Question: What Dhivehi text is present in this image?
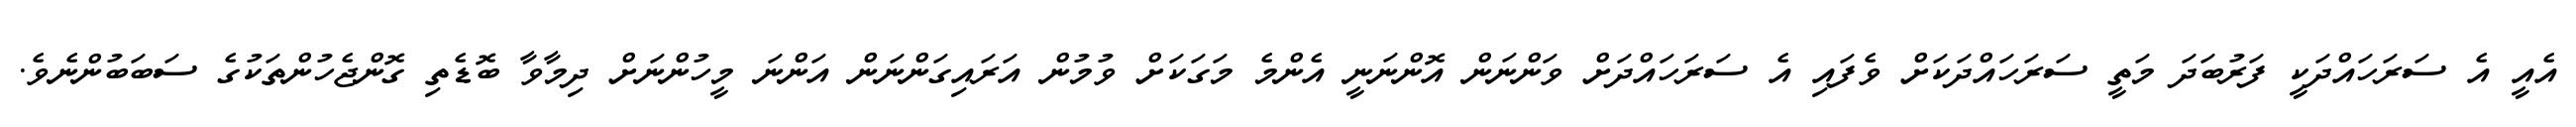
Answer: އެއީ އެ ސަރަހައްދަކީ ފަރުބަދަ މަތީ ސަރަހައްދަކަށް ވެފައި އެ ސަރަހައްދަށް ވަންނަން އޮންނަނީ އެންމެ މަގަކަށް ވުމުން އަރައިގަންނަން އަންނަ މީހުންނަށް ދިމާވާ ބޮޑެތި ގޮންޖެހުންތަކުގެ ސަބަބުންނެވެ.